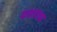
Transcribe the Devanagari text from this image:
यश्ताचा